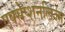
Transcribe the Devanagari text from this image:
एक्सेप्शनलिज्म